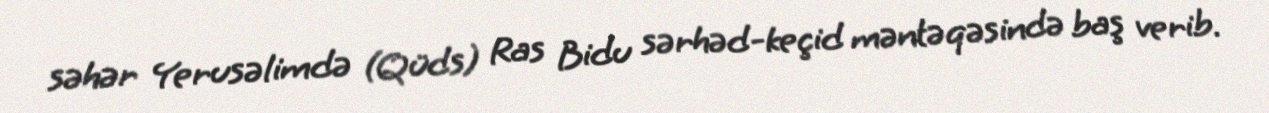
səhər Yerusəlimdə (Qüds) Ras Bidu sərhəd-keçid məntəqəsində baş verib.